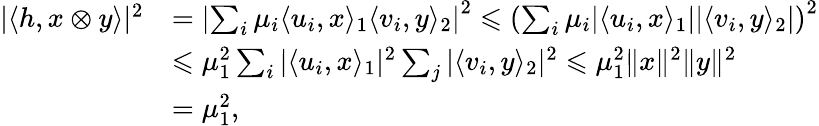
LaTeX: \begin{array}{rl}{|\langle h,x\otimes y\rangle|^{2}}&{=\left|\sum_{i}\mu_{i}\langle u_{i},x\rangle_{1}\langle v_{i},y\rangle_{2}\right|^{2}\leqslant\left(\sum_{i}\mu_{i}|\langle u_{i},x\rangle_{1}||\langle v_{i},y\rangle_{2}|\right)^{2}}\\ &{\leqslant\mu_{1}^{2}\sum_{i}|\langle u_{i},x\rangle_{1}|^{2}\sum_{j}|\langle v_{i},y\rangle_{2}|^{2}\leqslant\mu_{1}^{2}\| x\| ^{2}\| y\| ^{2}}\\ &{=\mu_{1}^{2},}\end{array}